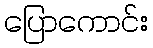
ပြောကောင်း